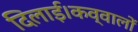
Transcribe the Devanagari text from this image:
दिलाई।कव्वालों